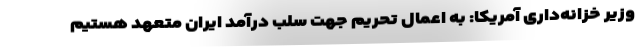
وزیر خزانه‌داری آمریکا: به اعمال تحریم جهت سلب درآمد ایران متعهد هستیم